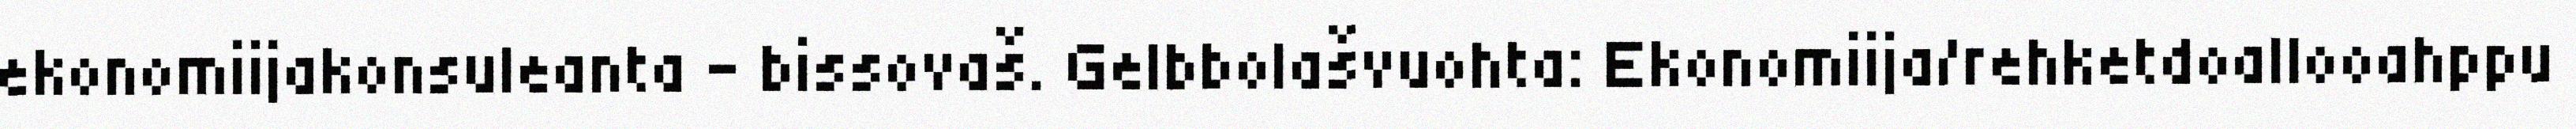
ekonomiijakonsuleanta - bissovaš. Gelbbolašvuohta: Ekonomiija/rehketdoallooahppu